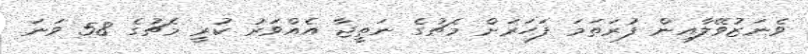
ވެނަޒުވޭލާއިން ފުރަތަމަ ފަހަރަށް މެޗުގެ ނަތީޖާ އެއްވަރު ކުރީ މެޗުގެ 58 ވަނަ